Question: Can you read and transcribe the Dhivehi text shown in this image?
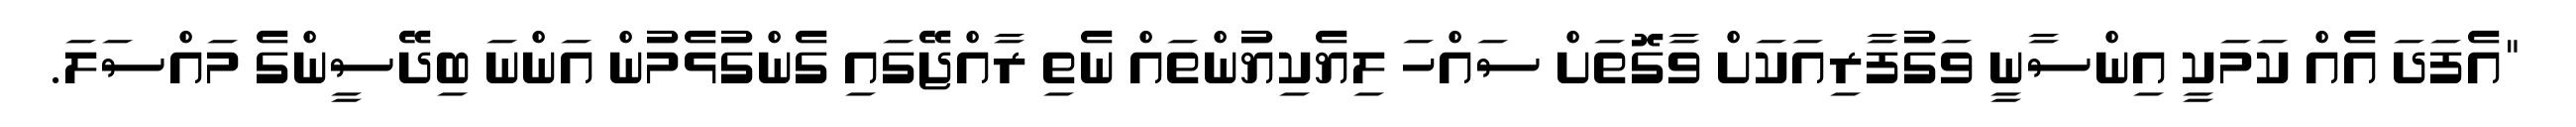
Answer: "އެފަދަ އެއް ކަމަކީ އިންސާނީ ވަގުފާރިއަކަށް ވާގޮތަށް ސައްހަ ލިޔެކިޔުންތައް ނެތި ރާއްޖޭގައި ގެންގުޅެމުން އަންނަ ބިދޭސީންގެ މައްސަލަ.